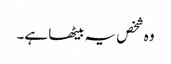
وہ شخص یہ بیٹھا ہے۔